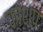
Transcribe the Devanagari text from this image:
काशप